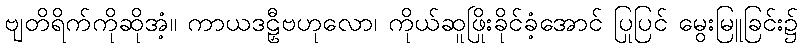
ဗျတိရိက်ကိုဆိုအံ့။ ကာယဒဠှီဗဟုလော၊ ကိုယ်ဆူဖြိုးခိုင်ခံ့အောင် ပြုပြင် မွေးမြူခြင်း၌